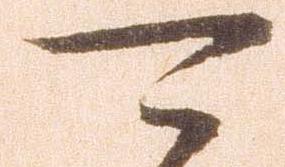
可